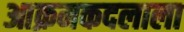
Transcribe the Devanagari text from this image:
आक्रमकदलाला